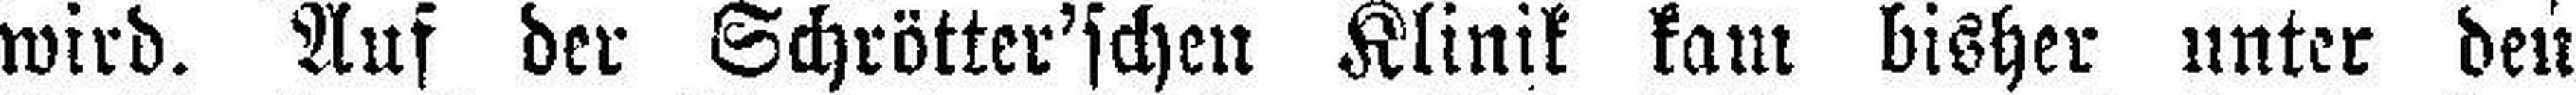
wird. Auf der Schrötter'schen Klinik kam bisher unter den